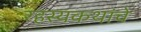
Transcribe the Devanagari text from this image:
रहस्यकथांचे